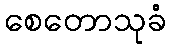
စေတောသုခံ